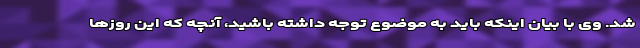
شد. وی با بیان اینکه باید به موضوع توجه داشته باشید، آنچه که این روزها